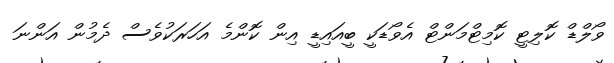
ވޯލްޑް ކޮލިޓީ ކޮމިޓްމަންޓް އެވޯޑަކީ ބީއައިޑީ އިން ކޮންމެ އަހަރަކުވެސް ދެމުން އަންނަ